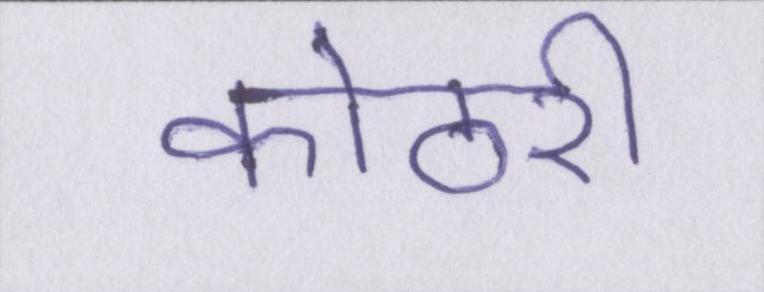
कोठरी